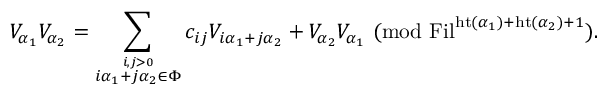
V _ { \alpha _ { 1 } } V _ { \alpha _ { 2 } } = \sum _ { \stackrel { i , j > 0 } { i \alpha _ { 1 } + j \alpha _ { 2 } \in \Phi } } c _ { i j } V _ { i \alpha _ { 1 } + j \alpha _ { 2 } } + V _ { \alpha _ { 2 } } V _ { \alpha _ { 1 } } \mathrm { ~ } ( \mathrm { m o d } \mathrm { ~ } \mathrm { F i l } ^ { \mathrm { h t } ( \alpha _ { 1 } ) + \mathrm { h t } ( \alpha _ { 2 } ) + 1 } ) .